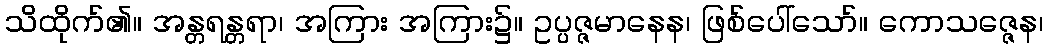
သိထိုက်၏။ အန္တရန္တရာ၊ အကြား အကြား၌။ ဥပ္ပဇ္ဇမာနေန၊ ဖြစ်ပေါ်သော်။ ကောသဇ္ဇေန၊